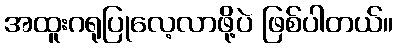
အထူးဂရုပြုလေ့လာဖို့ပဲ ဖြစ်ပါတယ်။